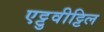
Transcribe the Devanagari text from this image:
एट्टुवीट्टिल